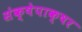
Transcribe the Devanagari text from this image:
संक्षेपाक्षर